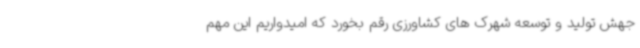
جهش تولید و توسعه شهرک های کشاورزی رقم بخورد که امیدواریم این مهم